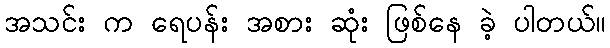
အသင်း က ရေပန်း အစား ဆုံး ဖြစ်နေ ခဲ့ ပါတယ်။